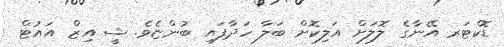
ޑޮކްޓަރ އޭނާގެ ލޮލަށް އަލިކޮށް ބަލާ ހަދާފައި ބުންޏެވެ. ޝީ އިޒް އައުޓް